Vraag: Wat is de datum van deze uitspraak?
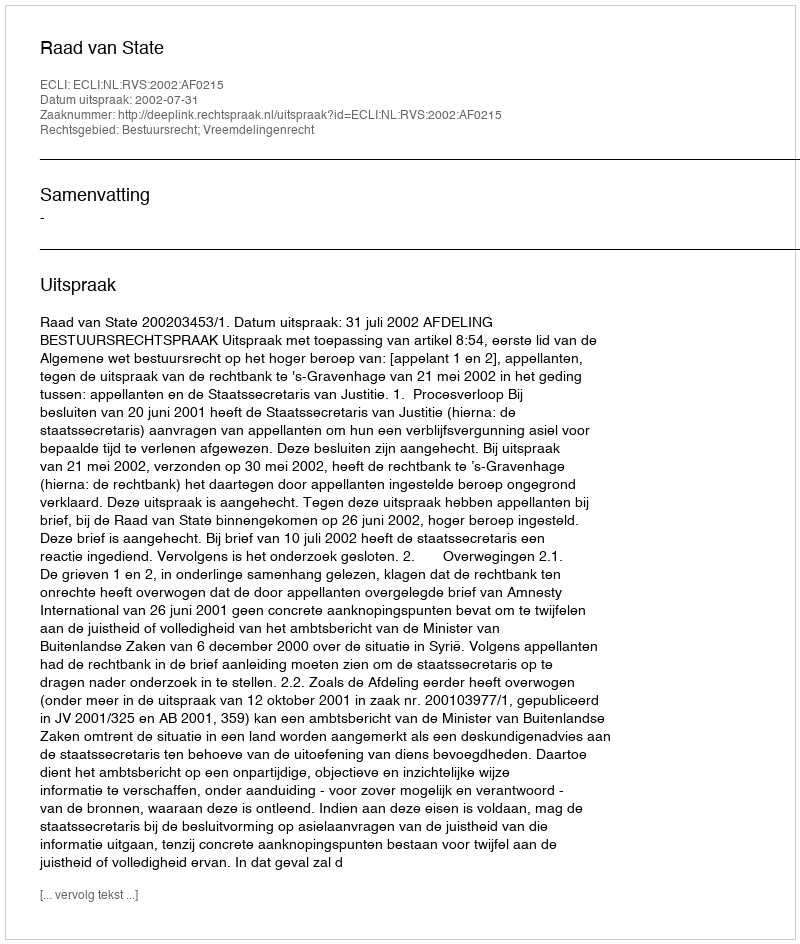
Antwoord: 2002-07-31